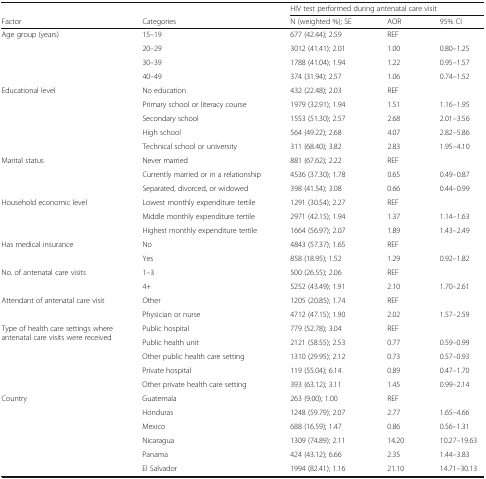
<table><thead><tr><td></td><td></td><td colspan="3"><b>HIV test performed during antenatal care visit</b></td></tr><tr><td><b>Factor</b></td><td><b>Categories</b></td><td><b>N (weighted %); SE</b></td><td><b>AOR</b></td><td><b>95% CI</b></td></tr></thead><tbody><tr><td rowspan="4">Age group (years)</td><td>15–19</td><td>677 (42.44); 2.59</td><td>REF</td><td></td></tr><tr><td>20–29</td><td>3012 (41.41); 2.01</td><td>1.00</td><td>0.80–1.25</td></tr><tr><td>30–39</td><td>1788 (41.04); 1.94</td><td>1.22</td><td>0.95–1.57</td></tr><tr><td>40–49</td><td>374 (31.94); 2.57</td><td>1.06</td><td>0.74–1.52</td></tr><tr><td rowspan="5">Educational level</td><td>No education</td><td>432 (22.48); 2.03</td><td>REF</td><td></td></tr><tr><td>Primary school or literacy course</td><td>1979 (32.91); 1.94</td><td>1.51</td><td>1.16–1.95</td></tr><tr><td>Secondary school</td><td>1553 (51.30); 2.57</td><td>2.68</td><td>2.01–3.56</td></tr><tr><td>High school</td><td>564 (49.22); 2.68</td><td>4.07</td><td>2.82–5.86</td></tr><tr><td>Technical school or university</td><td>311 (68.40); 3.82</td><td>2.83</td><td>1.95–4.10</td></tr><tr><td rowspan="3">Marital status</td><td>Never married</td><td>881 (67.62); 2.22</td><td>REF</td><td></td></tr><tr><td>Currently married or in a relationship</td><td>4536 (37.30); 1.78</td><td>0.65</td><td>0.49–0.87</td></tr><tr><td>Separated, divorced, or widowed</td><td>398 (41.54); 3.08</td><td>0.66</td><td>0.44–0.99</td></tr><tr><td rowspan="3">Household economic level</td><td>Lowest monthly expenditure tertile</td><td>1291 (30.54); 2.27</td><td>REF</td><td></td></tr><tr><td>Middle monthly expenditure tertile</td><td>2971 (42.15); 1.94</td><td>1.37</td><td>1.14–1.63</td></tr><tr><td>Highest monthly expenditure tertile</td><td>1664 (56.97); 2.07</td><td>1.89</td><td>1.43–2.49</td></tr><tr><td rowspan="2">Has medical insurance</td><td>No</td><td>4843 (57.37); 1.65</td><td>REF</td><td></td></tr><tr><td>Yes</td><td>858 (18.95); 1.52</td><td>1.29</td><td>0.92–1.82</td></tr><tr><td rowspan="2">No. of antenatal care visits</td><td>1–3</td><td>500 (26.55); 2.06</td><td>REF</td><td></td></tr><tr><td>4+</td><td>5252 (43.49); 1.91</td><td>2.10</td><td>1.70–2.61</td></tr><tr><td rowspan="2">Attendant of antenatal care visit</td><td>Other</td><td>1205 (20.85); 1.74</td><td>REF</td><td></td></tr><tr><td>Physician or nurse</td><td>4712 (47.15); 1.90</td><td>2.02</td><td>1.57–2.59</td></tr><tr><td rowspan="5">Type of health care settings where antenatal care visits were received</td><td>Public hospital</td><td>779 (52.78); 3.04</td><td>REF</td><td></td></tr><tr><td>Public health unit</td><td>2121 (58.55); 2.53</td><td>0.77</td><td>0.59–0.99</td></tr><tr><td>Other public health care setting</td><td>1310 (29.95); 2.12</td><td>0.73</td><td>0.57–0.93</td></tr><tr><td>Private hospital</td><td>119 (55.04); 6.14</td><td>0.89</td><td>0.47–1.70</td></tr><tr><td>Other private health care setting</td><td>393 (63.12); 3.11</td><td>1.45</td><td>0.99–2.14</td></tr><tr><td rowspan="6">Country</td><td>Guatemala</td><td>263 (9.00); 1.00</td><td>REF</td><td></td></tr><tr><td>Honduras</td><td>1248 (59.79); 2.07</td><td>2.77</td><td>1.65–4.66</td></tr><tr><td>Mexico</td><td>688 (16.59); 1.47</td><td>0.86</td><td>0.56–1.31</td></tr><tr><td>Nicaragua</td><td>1309 (74.89); 2.11</td><td>14.20</td><td>10.27–19.63</td></tr><tr><td>Panama</td><td>424 (43.12); 6.66</td><td>2.35</td><td>1.44–3.83</td></tr><tr><td>El Salvador</td><td>1994 (82.41); 1.16</td><td>21.10</td><td>14.71–30.13</td></tr></tbody></table>